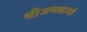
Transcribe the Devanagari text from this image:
श्रीजगन्नाथो